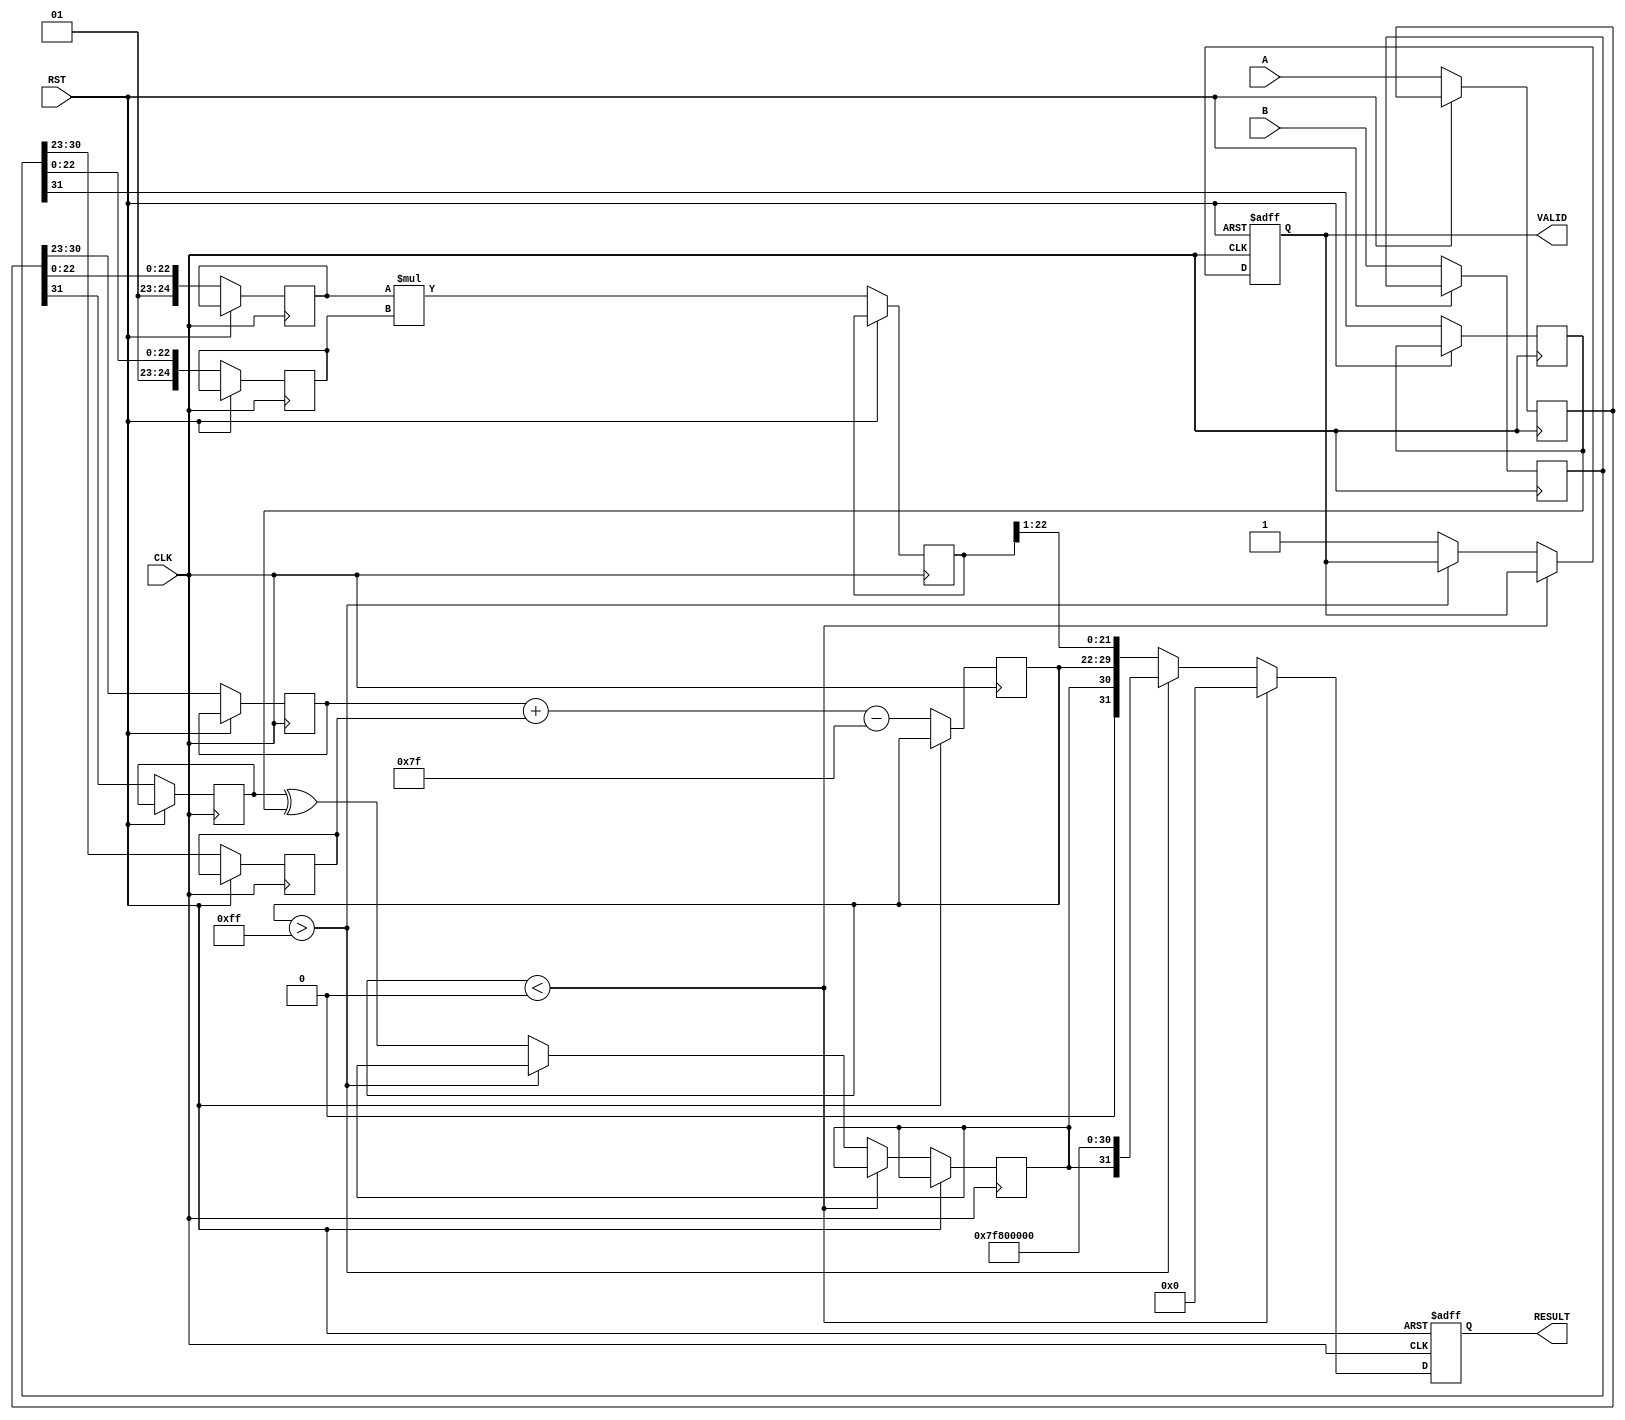
module floating_point_multiplier #(parameter WIDTH = 32) (
    input  [WIDTH-1:0] A,      // First floating-point operand
    input  [WIDTH-1:0] B,      // Second floating-point operand
    input  CLK,                // Clock signal
    input  RST,                // Reset signal
    output reg [WIDTH-1:0] RESULT, // Result of multiplication
    output reg VALID           // Result valid signal
);

    localparam EXP_WIDTH = (WIDTH == 32) ? 8 : 11;  // Exponent width for 32-bit and 64-bit
    localparam MANT_WIDTH = (WIDTH == 32) ? 23 : 52; // Mantissa width for 32-bit and 64-bit
    localparam EXP_BIAS = (WIDTH == 32) ? 127 : 1023; // Bias for 32-bit and 64-bit

    reg [WIDTH-1:0] A_reg, B_reg; // Registers to hold operands
    reg [EXP_WIDTH-1:0] exp_a, exp_b, exp_res;
    reg [MANT_WIDTH+1:0] mant_a, mant_b, mant_res; // +1 for implicit leading bit
    reg sign_a, sign_b, sign_res;

    always @(posedge CLK or posedge RST) begin
        if (RST) begin
            RESULT <= 0;
            VALID <= 0;
        end else begin
            // Step 1: Register inputs
            A_reg <= A;
            B_reg <= B;

            // Step 2: Extract sign, exponent, and mantissa
            sign_a <= A_reg[WIDTH-1];
            sign_b <= B_reg[WIDTH-1];

            exp_a <= A_reg[WIDTH-2:WIDTH-1-EXP_WIDTH];
            exp_b <= B_reg[WIDTH-2:WIDTH-1-EXP_WIDTH];

            mant_a <= {1'b1, A_reg[MANT_WIDTH-1:0]}; // Implicit leading 1
            mant_b <= {1'b1, B_reg[MANT_WIDTH-1:0]}; // Implicit leading 1

            // Step 3: Perform mantissa multiplication
            mant_res <= mant_a * mant_b;

            // Step 4: Calculate result exponent
            exp_res <= exp_a + exp_b - EXP_BIAS;

            // Step 5: Normalize result
            if (mant_res[MANT_WIDTH*2]) begin
                // Shift right if overflow
                mant_res <= mant_res >> 1;
                exp_res <= exp_res + 1;
            end

            // Step 6: Check for underflow 
            if (exp_res < 0) begin
                RESULT <= 0; // Underflow handling (set to zero)
            end else if (exp_res > (2**EXP_WIDTH - 1)) begin
                RESULT <= {sign_res, {EXP_WIDTH{1'b1}}, {MANT_WIDTH{1'b0}}}; // Set to infinity
            end else begin
                // Step 7: Assemble the final result
                sign_res <= sign_a ^ sign_b; 
                RESULT <= {sign_res, exp_res[EXP_WIDTH-1:0], mant_res[MANT_WIDTH-1:1]};
                VALID <= 1; // Signal that result is valid
            end
        end
    end

endmodule